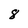
Character: 8